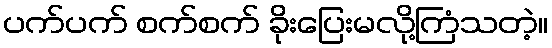
ပက်ပက် စက်စက် ခိုးပြေးမလို့ကြံသတဲ့။